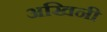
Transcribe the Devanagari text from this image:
अखिनी